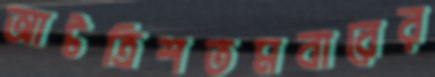
আটত্রিশতমবারের